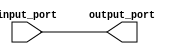
module bidirectional_buffer_gate (
    input wire input_port,
    output reg output_port
);

assign output_port = input_port;

endmodule